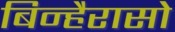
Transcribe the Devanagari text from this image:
बिन्हैरासो